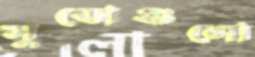
সুতোগুলো